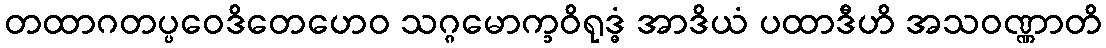
တထာဂတပ္ပဝေဒိတေဟေဝ သဂ္ဂမောက္ခဝိရုဒ္ဓံ အာဒိယံ ပထာဒီဟိ အသဝဏ္ဏာတိ